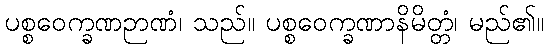
ပစ္စဝေက္ခဏဉာဏံ၊ သည်။ ပစ္စဝေက္ခဏာနိမိတ္တံ၊ မည်၏။